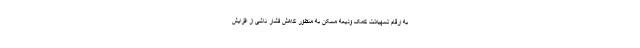
به ارقام تسهیلات کمک ودیعه مسکن به منظور کاهش فشار ناشی از افزایش